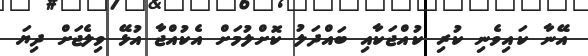
އޭނާ ކައިވެނި ކުރި ކުއްޖަކާއި ބައްދަލު ކޮށްލުމަށް އެކުއްޖާ އުޅޭ ވިލެޖަށް ދިޔަ